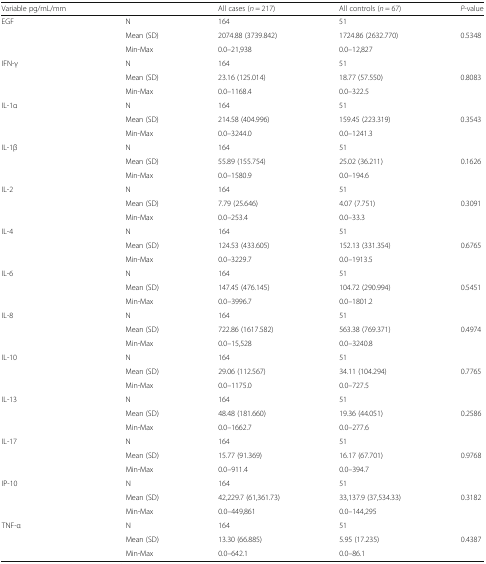
<table><thead><tr><td><b>Variable pg/mL/mm</b></td><td>[EMPTY_CELL]</td><td><b>All cases (<i>n</i> = 217)</b></td><td><b>All controls (<i>n</i> = 67)</b></td><td><b><i>P</i>-value</b></td></tr></thead><tbody><tr><td rowspan="3">EGF</td><td>N</td><td>164</td><td>51</td><td>[EMPTY_CELL]</td></tr><tr><td>Mean (SD)</td><td>2074.88 (3739.842)</td><td>1724.86 (2632.770)</td><td>0.5348</td></tr><tr><td>Min-Max</td><td>0.0–21,938</td><td>0.0–12,827</td><td>[EMPTY_CELL]</td></tr><tr><td rowspan="3">IFN-γ</td><td>N</td><td>164</td><td>51</td><td>[EMPTY_CELL]</td></tr><tr><td>Mean (SD)</td><td>23.16 (125.014)</td><td>18.77 (57.550)</td><td>0.8083</td></tr><tr><td>Min-Max</td><td>0.0–1168.4</td><td>0.0–322.5</td><td>[EMPTY_CELL]</td></tr><tr><td rowspan="3">IL-1α</td><td>N</td><td>164</td><td>51</td><td>[EMPTY_CELL]</td></tr><tr><td>Mean (SD)</td><td>214.58 (404.996)</td><td>159.45 (223.319)</td><td>0.3543</td></tr><tr><td>Min-Max</td><td>0.0–3244.0</td><td>0.0–1241.3</td><td>[EMPTY_CELL]</td></tr><tr><td rowspan="3">IL-1β</td><td>N</td><td>164</td><td>51</td><td>[EMPTY_CELL]</td></tr><tr><td>Mean (SD)</td><td>55.89 (155.754)</td><td>25.02 (36.211)</td><td>0.1626</td></tr><tr><td>Min-Max</td><td>0.0–1580.9</td><td>0.0–194.6</td><td>[EMPTY_CELL]</td></tr><tr><td rowspan="3">IL-2</td><td>N</td><td>164</td><td>51</td><td>[EMPTY_CELL]</td></tr><tr><td>Mean (SD)</td><td>7.79 (25.646)</td><td>4.07 (7.751)</td><td>0.3091</td></tr><tr><td>Min-Max</td><td>0.0–253.4</td><td>0.0–33.3</td><td>[EMPTY_CELL]</td></tr><tr><td rowspan="3">IL-4</td><td>N</td><td>164</td><td>51</td><td>[EMPTY_CELL]</td></tr><tr><td>Mean (SD)</td><td>124.53 (433.605)</td><td>152.13 (331.354)</td><td>0.6765</td></tr><tr><td>Min-Max</td><td>0.0–3229.7</td><td>0.0–1913.5</td><td>[EMPTY_CELL]</td></tr><tr><td rowspan="3">IL-6</td><td>N</td><td>164</td><td>51</td><td>[EMPTY_CELL]</td></tr><tr><td>Mean (SD)</td><td>147.45 (476.145)</td><td>104.72 (290.994)</td><td>0.5451</td></tr><tr><td>Min-Max</td><td>0.0–3996.7</td><td>0.0–1801.2</td><td>[EMPTY_CELL]</td></tr><tr><td rowspan="3">IL-8</td><td>N</td><td>164</td><td>51</td><td>[EMPTY_CELL]</td></tr><tr><td>Mean (SD)</td><td>722.86 (1617.582)</td><td>563.38 (769.371)</td><td>0.4974</td></tr><tr><td>Min-Max</td><td>0.0–15,528</td><td>0.0–3240.8</td><td>[EMPTY_CELL]</td></tr><tr><td rowspan="3">IL-10</td><td>N</td><td>164</td><td>51</td><td>[EMPTY_CELL]</td></tr><tr><td>Mean (SD)</td><td>29.06 (112.567)</td><td>34.11 (104.294)</td><td>0.7765</td></tr><tr><td>Min-Max</td><td>0.0–1175.0</td><td>0.0–727.5</td><td>[EMPTY_CELL]</td></tr><tr><td rowspan="3">IL-13</td><td>N</td><td>164</td><td>51</td><td>[EMPTY_CELL]</td></tr><tr><td>Mean (SD)</td><td>48.48 (181.660)</td><td>19.36 (44.051)</td><td>0.2586</td></tr><tr><td>Min-Max</td><td>0.0–1662.7</td><td>0.0–277.6</td><td>[EMPTY_CELL]</td></tr><tr><td rowspan="3">IL-17</td><td>N</td><td>164</td><td>51</td><td>[EMPTY_CELL]</td></tr><tr><td>Mean (SD)</td><td>15.77 (91.369)</td><td>16.17 (67.701)</td><td>0.9768</td></tr><tr><td>Min-Max</td><td>0.0–911.4</td><td>0.0–394.7</td><td>[EMPTY_CELL]</td></tr><tr><td rowspan="3">IP-10</td><td>N</td><td>164</td><td>51</td><td>[EMPTY_CELL]</td></tr><tr><td>Mean (SD)</td><td>42,229.7 (61,361.73)</td><td>33,137.9 (37,534.33)</td><td>0.3182</td></tr><tr><td>Min-Max</td><td>0.0–449,861</td><td>0.0–144,295</td><td>[EMPTY_CELL]</td></tr><tr><td rowspan="3">TNF-α</td><td>N</td><td>164</td><td>51</td><td>[EMPTY_CELL]</td></tr><tr><td>Mean (SD)</td><td>13.30 (66.885)</td><td>5.95 (17.235)</td><td>0.4387</td></tr><tr><td>Min-Max</td><td>0.0–642.1</td><td>0.0–86.1</td><td>[EMPTY_CELL]</td></tr></tbody></table>